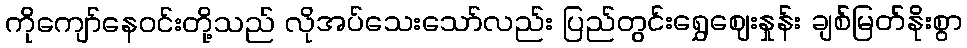
ကိုကျော်နေဝင်းတို့သည် လိုအပ်သေးသော်လည်း ပြည်တွင်းရွှေဈေးနှုန်း ချစ်မြတ်နိုးစွာ